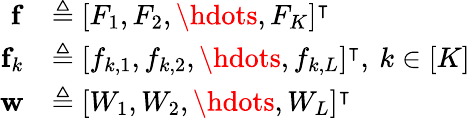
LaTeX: \begin{array}{rl}{\mathbf{f}}&{\triangleq[F_{1},F_{2},\hdots,F_{K}]^{\intercal}}\\ {\mathbf{f}_{k}}&{\triangleq[f_{k,1},f_{k,2},\hdots,f_{k,L}]^{\intercal},\: k\in[K]}\\ {\mathbf{w}}&{\triangleq[W_{1},W_{2},\hdots,W_{L}]^{\intercal}}\end{array}